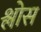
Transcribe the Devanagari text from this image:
श्लोस